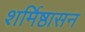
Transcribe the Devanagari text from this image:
शर्मिष्ठासन